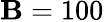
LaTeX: \mathbf{B}=100